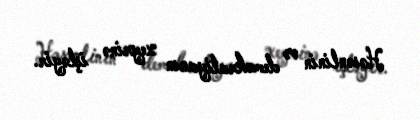
Həsənlinin və demokratiyanın xeyrinə işləyir.